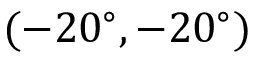
( - 2 0 ^ { \circ } , - 2 0 ^ { \circ } )